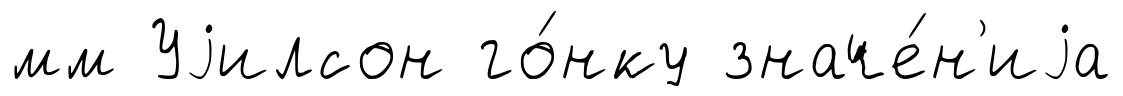
мм Уjилсон го́нку значе́н'иjа